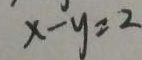
x - y = 2